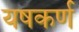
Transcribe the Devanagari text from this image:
यषकर्ण